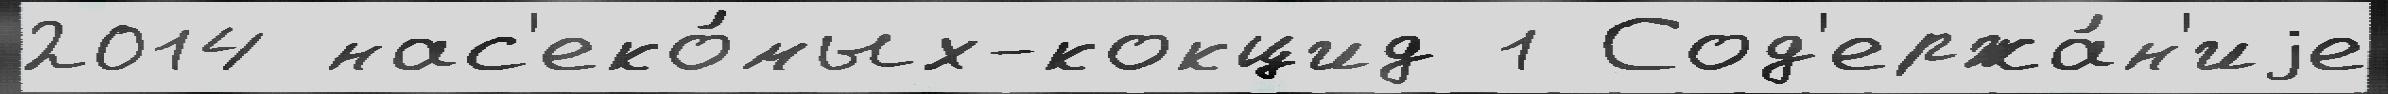
2014 нас'еко́мых-кокцид 1 Сод'ержа́н'иjе